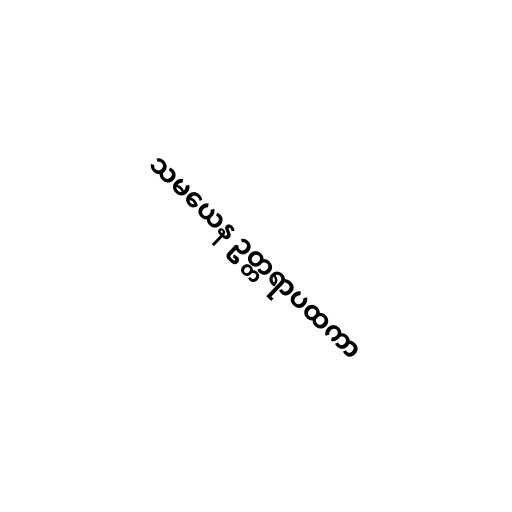
သမယေန ဥတ္တရာပထကာ